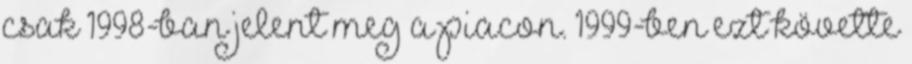
csak 1998-ban jelent meg a piacon. 1999-ben ezt követte